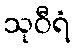
သုဝီရံ